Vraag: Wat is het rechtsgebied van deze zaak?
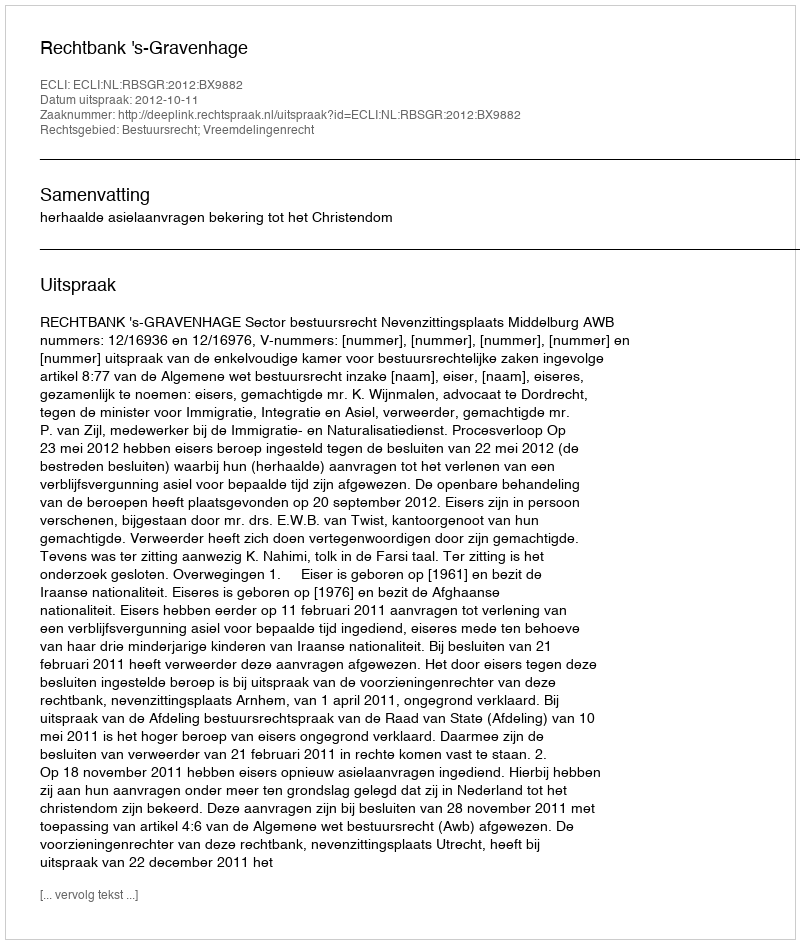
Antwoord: Bestuursrecht; Vreemdelingenrecht